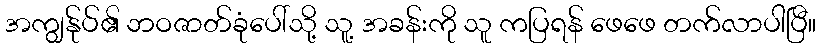
အကျွန်ုပ်၏ ဘဝဇာတ်ခုံပေါ်သို့ သူ့ အခန်းကို သူ ကပြရန် ဖေဖေ တက်လာပါပြီ။